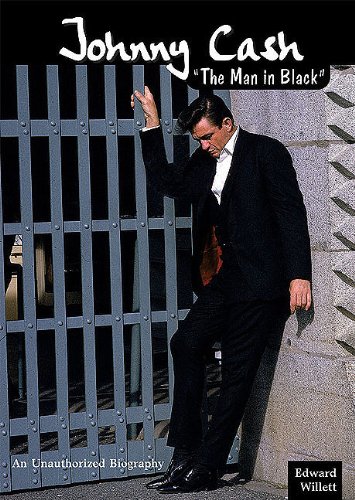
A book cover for Johnny Cash: The Man in Black (American Rebels); Edward Willett; Teen & Young Adult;